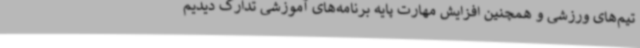
تیم‌های ورزشی و همچنین افزایش مهارت پایه برنامه‌های آموزشی تدارک دیدیم